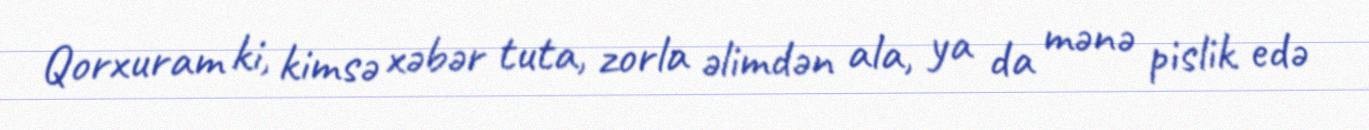
Qorxuram ki, kimsə xəbər tuta, zorla əlimdən ala, ya da mənə pislik edə